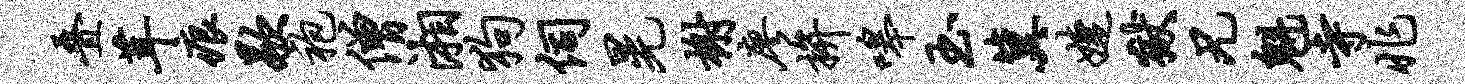
叠茸痕歇袍僧湘狗伺晃榭廖拚嗥玉冀婕狱兄魁寺兆